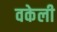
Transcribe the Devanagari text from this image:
वकेली